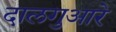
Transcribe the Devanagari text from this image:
दालगुआरे